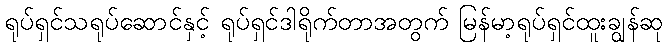
ရုပ်ရှင်သရုပ်ဆောင်နှင့် ရုပ်ရှင်ဒါရိုက်တာအတွက် မြန်မာ့ရုပ်ရှင်ထူးချွန်ဆု